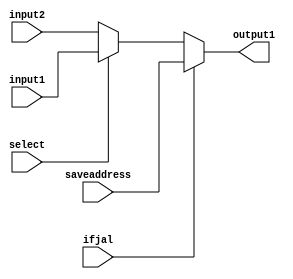
`timescale 1ns / 1ps
//////////////////////////////////////////////////////////////////////////////////
// Company: 
// Engineer: 
// 
// Design Name: 
// Module Name: muxMemory
// Project Name: 
// Target Devices: 
// Tool Versions: 
// Description: 
// 
// Dependencies: 
// 
// Revision:
// Revision 0.01 - File Created
// Additional Comments:
// 
//////////////////////////////////////////////////////////////////////////////////


module muxMemory(
    input [31:0] input1,
    input [31:0] input2,
    input select,
    input ifjal,
    input [31:0]saveaddress,
    output reg [31:0] output1
    );
    initial begin
    output1=0;
    end
    always @(*)
    begin
        if(ifjal)
            output1=saveaddress;
        else
            output1=select?input1:input2;
    end
endmodule